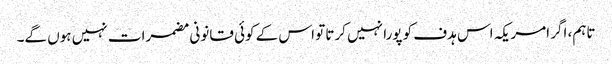
تاہم، اگر امریکہ اس ہدف کو پورا نہیں کرتا تو اس کے کوئی قانونی مضمرات نہیں ہوں گے۔